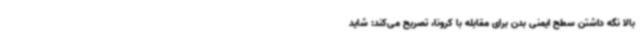
بالا نگه داشتن سطح ایمنی بدن برای مقابله با کرونا، تصریح می‌کند: شاید